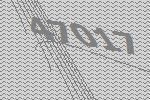
47017